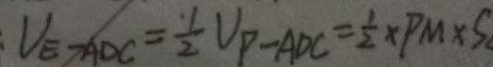
V _ { E } - A D C = \frac { 1 } { 2 } V _ { P } - A D C = \frac { 1 } { 2 } \times P M \times S